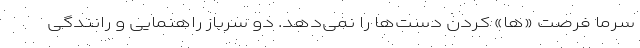
سرما فرصت «ها» کردن دست‌ها را نمی‌دهد. دو سرباز راهنمایی و رانندگی